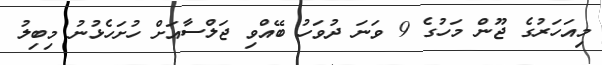
މިއަހަރުގެ ޖޫން މަހުގެ 9 ވަނަ ދުވަހު ބޭއްވި ޖަލްސާއަށް ހުށަހެޅުނު މިބިލު